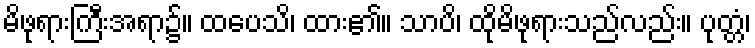
မိဖုရားကြီးအရာ၌။ ထပေသိ၊ ထား၏။ သာပိ၊ ထိုမိဖုရားသည်လည်း။ ပုတ္တံ၊